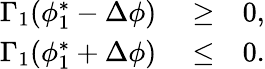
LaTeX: \begin{array}{rlr}{\Gamma_{1}(\phi_{1}^{*}-\Delta\phi)}&{{}\geq}&{0,}\\ {\Gamma_{1}(\phi_{1}^{*}+\Delta\phi)}&{{}\leq}&{0.}\end{array}